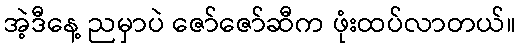
အဲ့ဒီနေ့ ညမှာပဲ ဇော်ဇော်ဆီက ဖုံးထပ်လာတယ်။